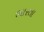
ભારતા